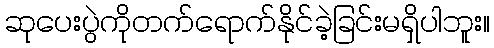
ဆုပေးပွဲကိုတက်ရောက်နိုင်ခဲ့ခြင်းမရှိပါဘူး။